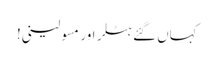
کہاں گئے ہٹلر اور مسولینی!